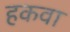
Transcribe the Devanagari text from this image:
हकवा